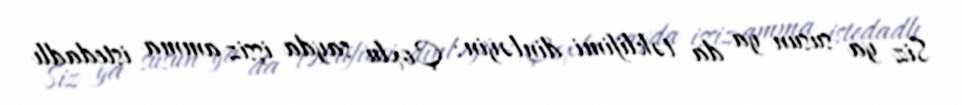
Siz ya susun ya da təklifimi dinləyin: Çoxlu sayda işsiz amma istedadlı